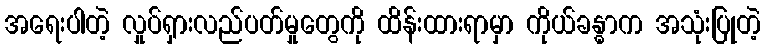
အရေးပါတဲ့ လှုပ်ရှားလည်ပတ်မှုတွေကို ထိန်းထားရာမှာ ကိုယ်ခန္ဓာက အသုံးပြုတဲ့